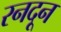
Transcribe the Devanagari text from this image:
रनदून